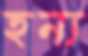
হন্য